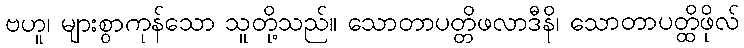
ဗဟူ၊ များစွာကုန်သော သူတို့သည်။ သောတာပတ္တိဖလာဒီနိ၊ သောတာပတ္ထိဖိုလ်